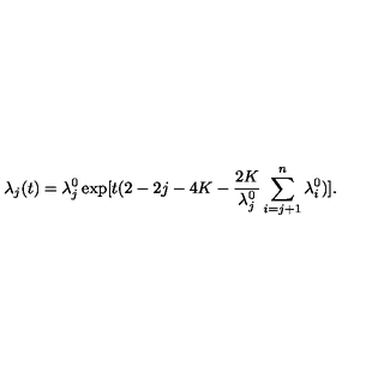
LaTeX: \lambda _ { j } ( t ) = \lambda _ { j } ^ { 0 } \exp [ t ( 2 - 2 j - 4 K - \frac { 2 K } { \lambda _ { j } ^ { 0 } } \sum _ { i = j + 1 } ^ { n } \lambda _ { i } ^ { 0 } ) ] .